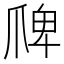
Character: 𭶲